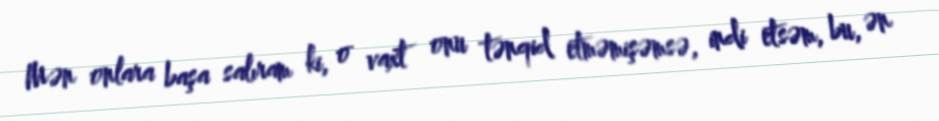
Mən onlara başa salıram ki, o vaxt onu tənqid etməmişəmsə, indi etsəm, bu, ən